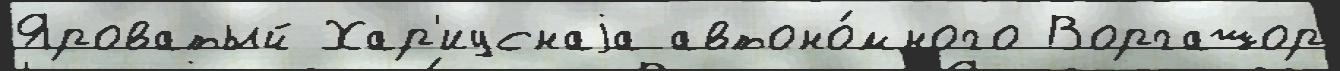
Яроватый Хар'иуснаjа автоно́много Воргашор